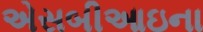
એસબીઆઇના